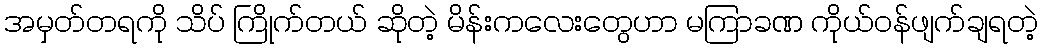
အမှတ်တရကို သိပ် ကြိုက်တယ် ဆိုတဲ့ မိန်းကလေးတွေဟာ မကြာခဏ ကိုယ်ဝန်ဖျက်ချရတဲ့